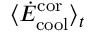
\langle \dot { E } _ { \mathrm { c o o l } } ^ { \mathrm { c o r } } \rangle _ { t }